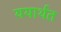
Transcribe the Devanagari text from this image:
ययार्थत